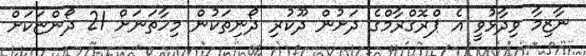
ނާޒިމާ ވިދާޅުވީ އެ ޕްރޮގްރާމްގެ ދަށުން ދޫކުރި ދޯނިތަކުން މިހާތަނަށް 21 ދޯންޏަކަށް